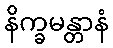
နိက္ခမန္တာနံ